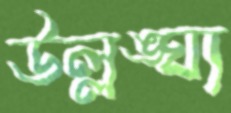
উল্লঙ্ঘ্য